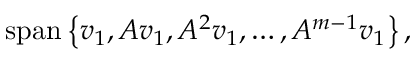
\operatorname { s p a n } \left\{ v _ { 1 } , A v _ { 1 } , A ^ { 2 } v _ { 1 } , \ldots , A ^ { m - 1 } v _ { 1 } \right\} ,